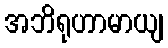
အဘိရုဟာမာယျ